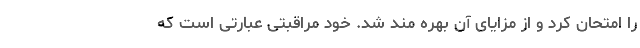
را امتحان کرد و از مزایای آن بهره مند شد. خود مراقبتی عبارتی است که